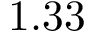
1 . 3 3